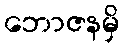
ဘောဇနမှိ